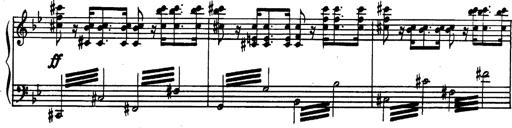
Title: Trauervorspiel und Trauermarsch
Composer: Franz Liszt